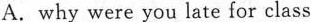
A. why were you late for class